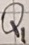
Text: Q1